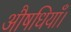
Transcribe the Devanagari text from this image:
औषधियाँ।